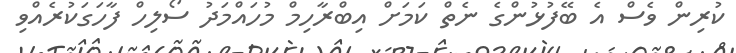
ކުރިން ވެސް އެ ބޭފުޅުންގެ ނެތް ކަމަށް އިބްރާހިމް މުހައްމަދު ސޯލިހް ފާހަގަކުރެއްވި